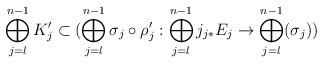
LaTeX: \begin{align*}\bigoplus_{j = l}^{n-1} K_j' \subset (\bigoplus_{j=l}^{n-1} \sigma_j \circ \rho_j' : \bigoplus_{j = l}^{n-1} j_{j*} E_j \rightarrow \bigoplus_{j = l}^{n-1} (\sigma_j))\end{align*}